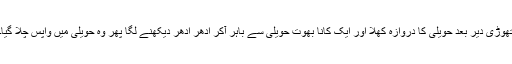
تھوڑی دیر بعد حویلی کا دروازہ کھلا اور ایک کانا بھوت حویلی سے باہر آکر ادھر ادھر دیکھنے لگا پھر وہ حویلی میں واپس چلا گیا۔